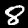
Digit: 8